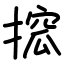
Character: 搲